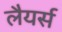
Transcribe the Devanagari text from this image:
लैयर्स